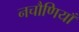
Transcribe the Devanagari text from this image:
नचौणियाँ